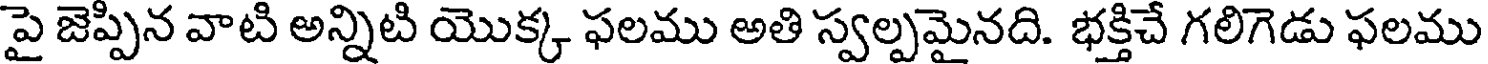
పై జెప్పిన వాటి అన్నిటి యొక్క ఫలము అతి స్వల్పమైనది. భక్తిచే గలిగెడు ఫలము